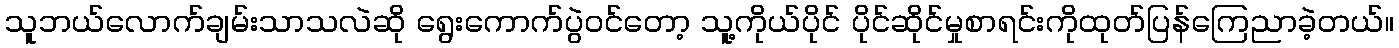
သူဘယ်လောက်ချမ်းသာသလဲဆို ရွေးကောက်ပွဲဝင်တော့ သူ့ကိုယ်ပိုင် ပိုင်ဆိုင်မှုစာရင်းကိုထုတ်ပြန်ကြေညာခဲ့တယ်။